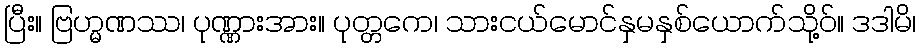
ပြီး။ ဗြဟ္မဏဿ၊ ပုဏ္ဏားအား။ ပုတ္တကေ၊ သားငယ်မောင်နှမနှစ်ယောက်သို့ဝ်။ ဒဒါမိ၊